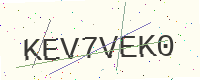
Text: KEV7VEK0